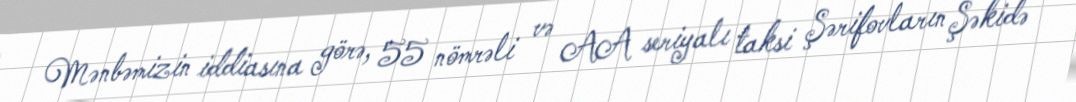
Mənbəmizin iddiasına görə, 55 nömrəli və AA seriyalı taksi Şərifovların Şəkidə